Leaving Certificate Examination, 1918
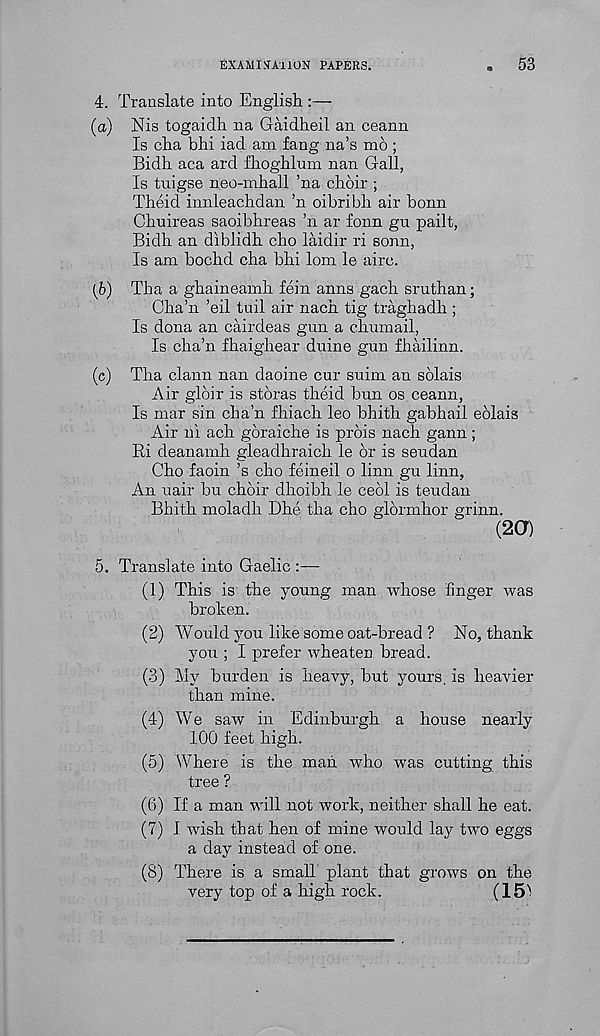
EXAMINATION PAPERS.
53
4. Translate into English.:—
(а) Nis togaidh na Gaidheil an ceann
Is cha bhi iad am fang na’s mo ;
Bidh aca ard fhoghlum nan Gall,
Is tuigse neo-mhall ’na choir ;
Theid innleachdan ’n oibribh air bonn
Chuireas saoibhreas ’n ar fonn gu pailt,
Bidh an diblidh cho laidir ri sonn,
Is am bochd cha bhi lorn le airc.
(б) Tha a ghaineamh fein anns gach sruthan;
Cha’n ’eil toil air nach tig traghadh ;
Is dona an cairdeas gun a chnmail,
Is cha’n fhaighear duine gun fhailinn.
(c) Tha clann nan daoine cur suim an solais
Air glbir is stdras theid bun os ceann,
Is mar sin cha’n fhiach leo bhith gabhail eolais
Air ni ach goraiche is prois nach gann ;
Ri deanamh gleadhraich le or is seudan
Cho faoin’s cho feineil o linn gu linn.
An uair bn choir dhoibh le ceol is teudan
Bhith moladh Dhe tha cho glormhor grinn.
(2CT)
5. Translate into Gaelic
(1) This is the young man whose finger was
broken.
(2) Would you like some oat-bread ? No, thank
you ; I prefer wheaten bread.
(3) My burden is heavy, but yours, is heavier
than mine.
(4) We saw in Edinburgh a house nearly
100 feet high.
(5) Where is the man who was cutting this
tree ?
(6) If a man will not work, neither shall he eat.
(7) I wish that hen of mine would lay two eggs
a day instead of one.
(8) There is a small plant that grows on the
very top of a high rock.
(151